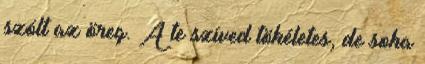
szólt az öreg. A te szíved tökéletes, de soha